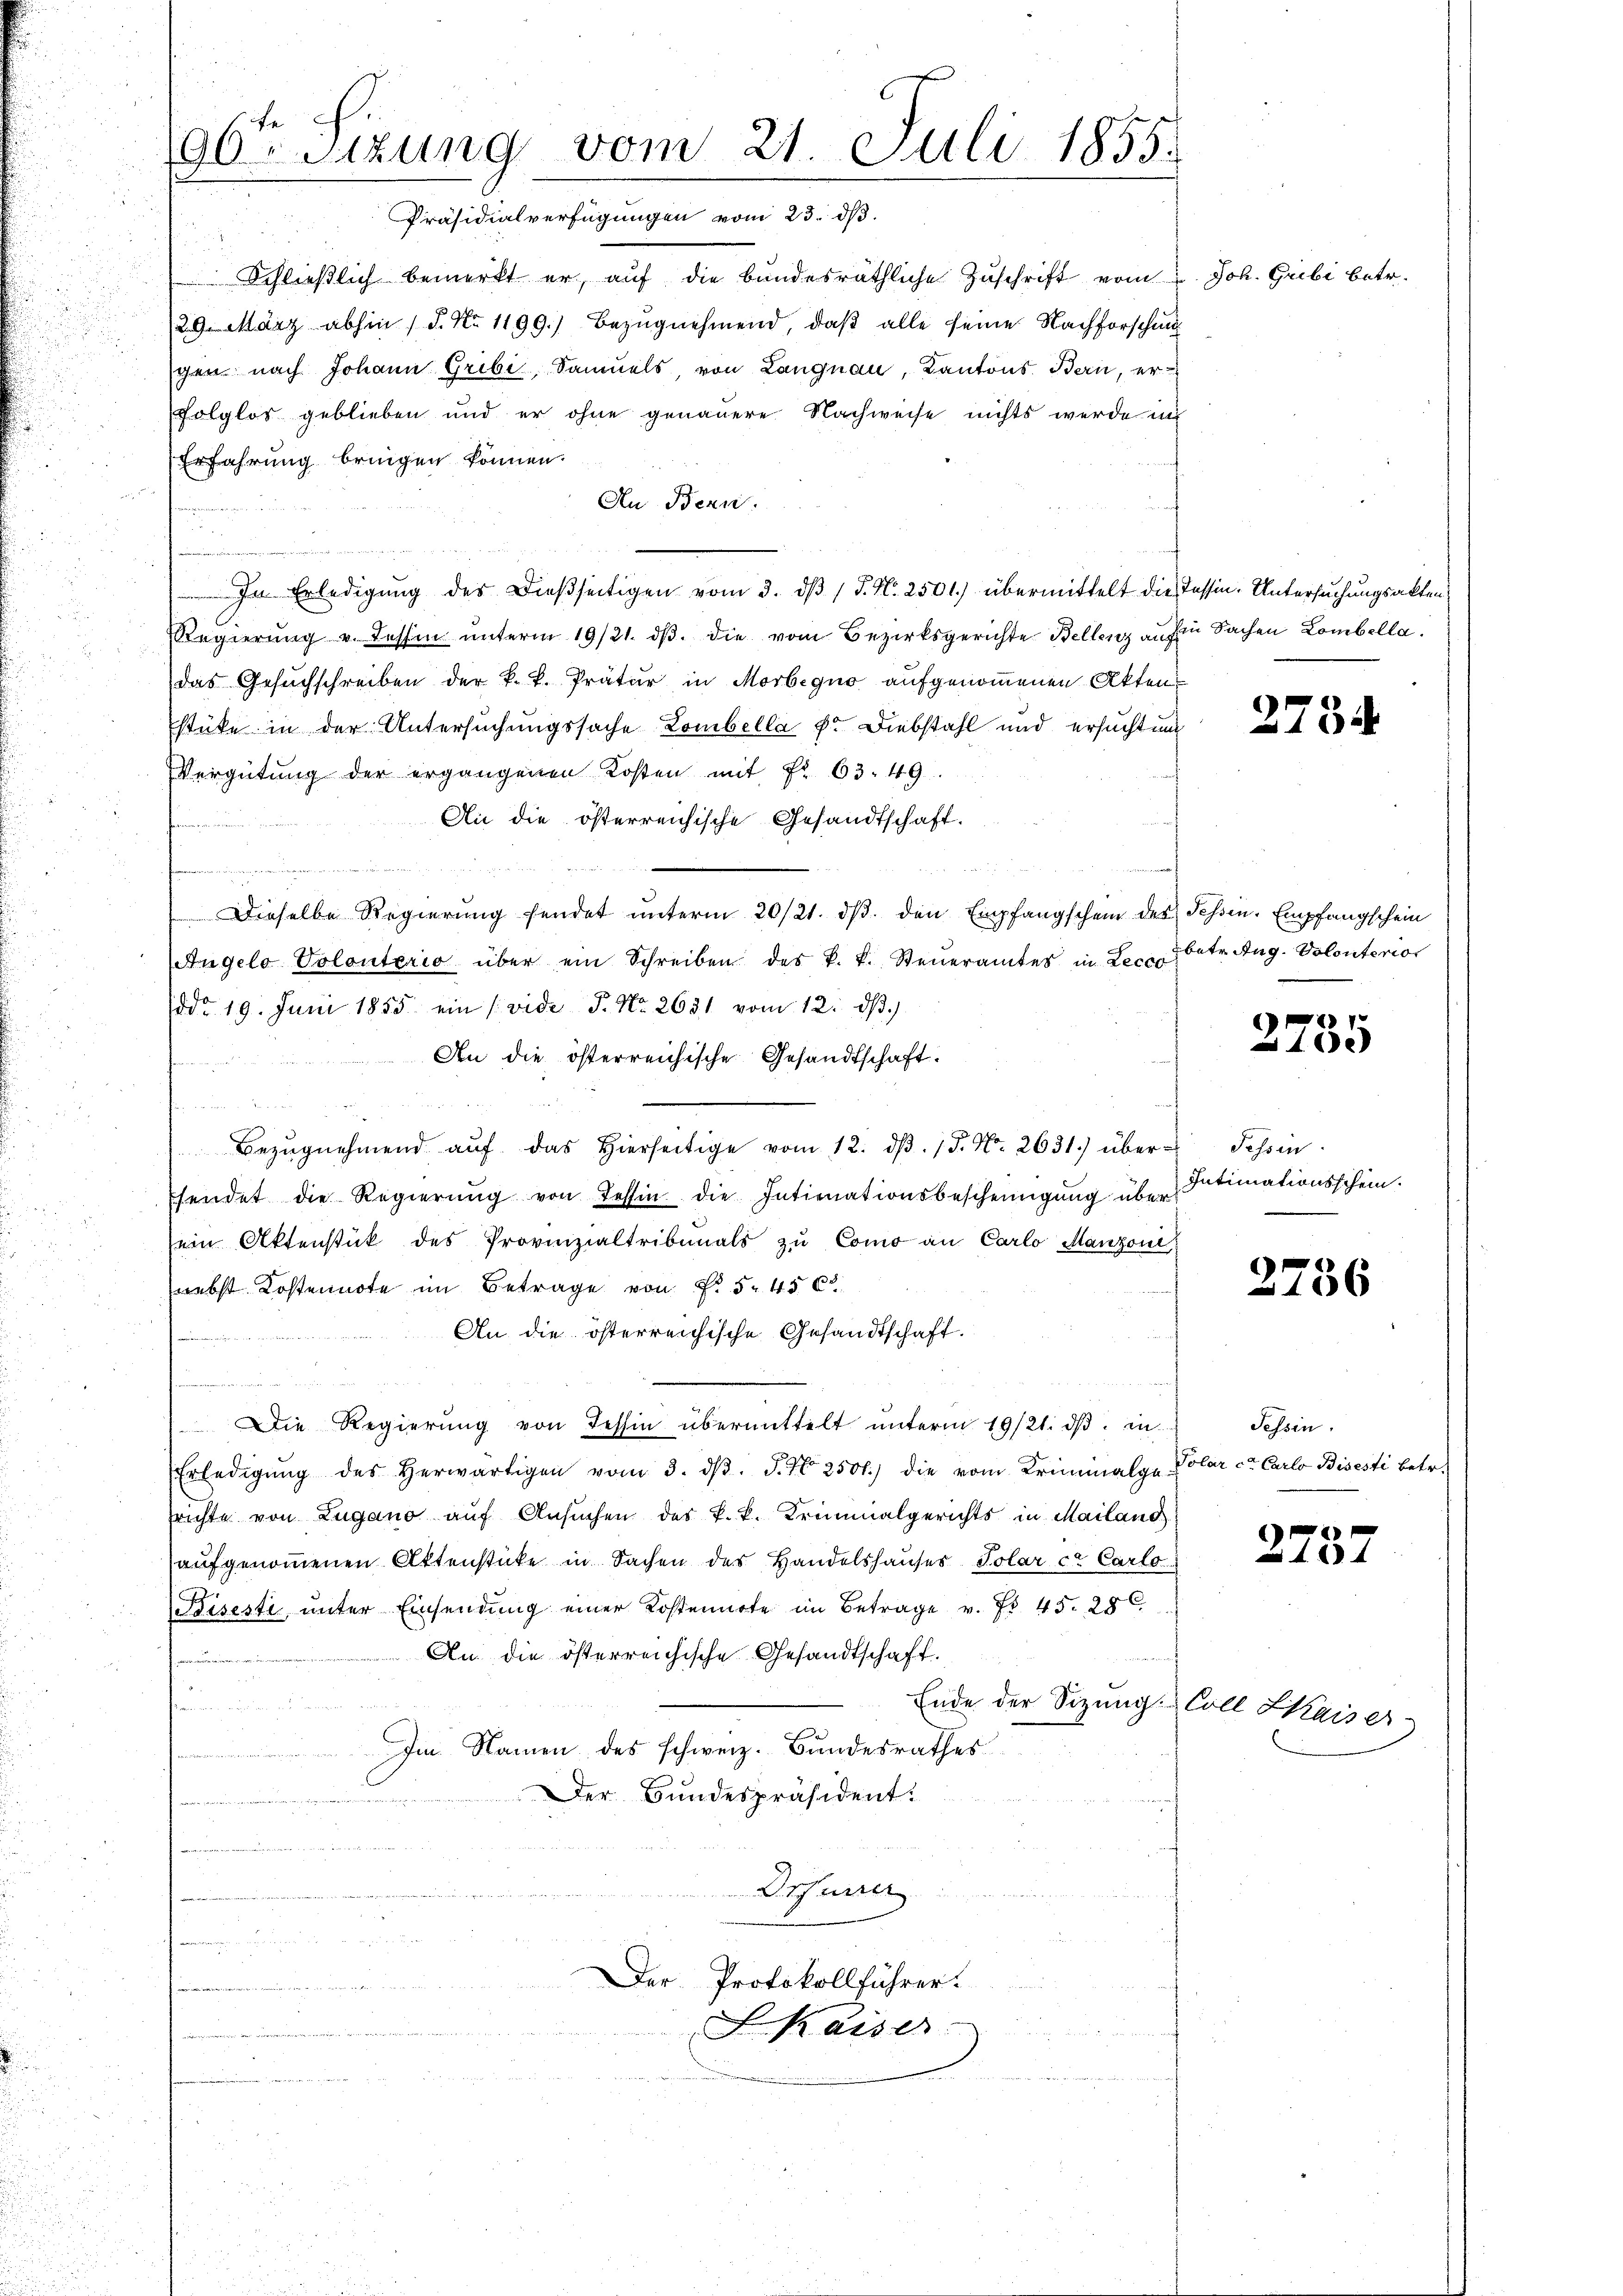
96te Sitzung vom 21. Juli 1855.

Schlieβlich bemerkt er, aŭf die bundesräthliche Zŭschrift vom
/29. März abhin (S. Nr. 1199.) Bezŭgnehmend, daß alle seine Nachforschen
gen nach Johann Gribi, Samuels von Langnau, Kantons Bern, er¬
Folglos geblieben und er ohne genauere Nachweise nichts werde in
Erfahrung bringen können.
An Bern.
d
e
In Erledigung des Dießseitigen vom 3. dβ / J. N. 2501) übermittelt die Tessin. Untersuchungsakten
Regierŭng u. dessen ŭnterm 19/21. dβ. die vom Bezirksgerichte Bellenz an fin Sachen Lombella.
das Gesuchschreiben der k. k. Prätur in Morbegno aufgenommenen Akten
stüke in der Untersuchungssache Lombella P. Diebstahl und ersuchtung
Vergütung der ergangenen Kosten mit Fr. 63. 49
An die österreichische Gesandtschaft.

u
u
Dieselbe Regierŭng sendet ŭnterm 20/21. dβ. den Empfangschein des Tessin. Empfangschein
Angelo Volonterio über ein Schreiben des k. k. Steŭeramtes in Lecco
ddo 19. Juni 1855 ein (vide P. Nr. 2651 vom 12. ds.
An die österreichische Gesandtschaft.
d
Bezŭgnehmend aŭf das hierseitige vom 12. dβ. 15. No. 2631.) über Tessin
sendet die Regierŭng von Tessin die Intimnationsbescheinigung über
ein Aktenstück des Provinzialtribunals zu Como an Carlo Manzoni
webst Kostennote im Betrage von f. 5 456
An die österreichische Gesandtschaft.
n
Die Regierung von Tessin übermittelt unterm 19/21. ds. in
Erledigŭng des herwärtigen vom 3. dβ. J. N. 2500.) die vom Kriminalge Polar ce Carlo Bisesti betr.
rrichte von Zugano auf Ansuchen des k.k. Kriminalgerichts in Mailand
aufgenommenen Ottenstücke in Sachen des Handelshauses Polar ce Carlo¬
Biseste unter Einsendung einer Kostennote im Betrage v. Fr. 45. 286.
An die österreichische Gesandtschaft.
s
Ende der Sitzŭng Coll LKaiser
Im Namen des schweiz. Bundesrathes
Der Bundespräsident:
ve der einen der
.
  wenn eine dans immen
Drfurrer
ve
r
Der Protokollführer.

S. Kaiser

23. d.

Joh. Grebi betr.

2734

betr. Aug. Volonterio

2735

Intimationsschein.

2756

Tessin.

2737